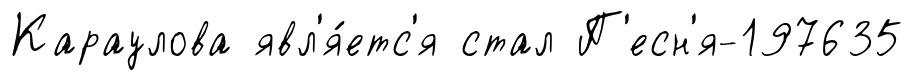
Караулова явл'я́етс'я стал П'есн'я-197635